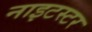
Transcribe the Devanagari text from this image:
नाइटस्टर